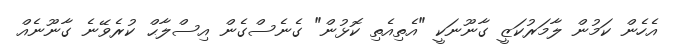
އެހެން ކަމުން ލާމަރުކަޒީ ގާނޫނަކީ "އެތިއެތި ކޮޅުން" ގެނެސްގެން އިސްލާޙް ކުރެވޭނެ ގާނޫނެއް